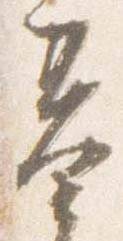
基